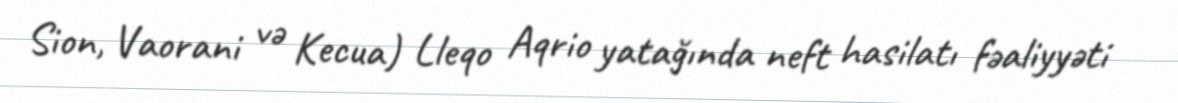
Sion, Vaorani və Kecua) Lleqo Aqrio yatağında neft hasilatı fəaliyyəti